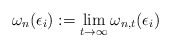
\begin{align*}\omega_{n}(\epsilon_i) := \lim_{t \to \infty} \omega_{n, t} (\epsilon_i)\end{align*}